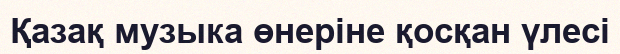
Қазақ музыка өнеріне қосқан үлесі